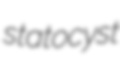
statocyst